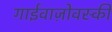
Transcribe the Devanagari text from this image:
गाईवाज़ोवस्की